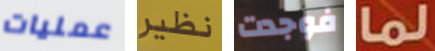
عمليات نظير فوجدت لما